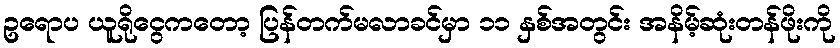
ဥရောပ ယူရိုငွေကတော့ ပြန်တက်မလာခင်မှာ ၁၁ နှစ်အတွင်း အနိမ့်ဆုံးတန်ဖိုးကို